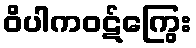
ဝိပါကဝဋ်ကြွေး